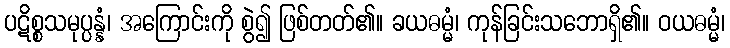
ပဋိစ္စသမုပ္ပန္နံ၊ အကြောင်းကို စွဲ၍ ဖြစ်တတ်၏။ ခယဓမ္မံ၊ ကုန်ခြင်းသဘောရှိ၏။ ဝယဓမ္မံ၊